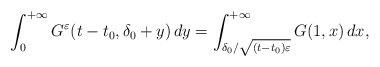
LaTeX: \begin{align*}\int_0^{+\infty}G^{\varepsilon}(t-t_0, \delta_0+y)\, dy = \int_{\delta_0/\sqrt{(t-t_0)\varepsilon}}^{+\infty} G(1,x)\, dx,\end{align*}